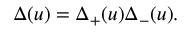
\Delta ( u ) = \Delta _ { + } ( u ) \Delta _ { - } ( u ) .